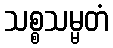
သစ္စသမ္မတံ